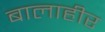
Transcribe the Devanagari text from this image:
बालाहीर